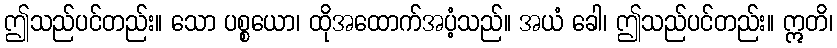
ဤသည်ပင်တည်း။ သော ပစ္စယော၊ ထိုအထောက်အပံ့သည်။ အယံ ခေါ၊ ဤသည်ပင်တည်း။ ဣတိ၊